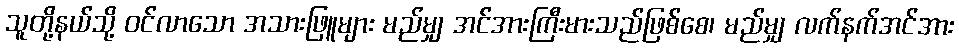
သူတို့နယ်သို့ ဝင်လာသော အသားဖြူများ မည်မျှ အင်အားကြီးမားသည်ဖြစ်စေ၊ မည်မျှ လက်နက်အင်အား